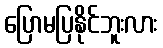
ပြောမပြနိုင်ဘူးလား